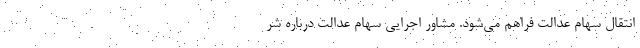
انتقال سهام عدالت فراهم می‌شود. مشاور اجرایی سهام عدالت درباره شر